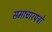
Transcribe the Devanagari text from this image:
समाचारपत्रो